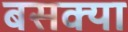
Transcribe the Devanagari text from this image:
बसक्या